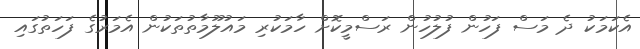
އެކަމަކު ދެ މަސް ފަހުން ފުލުހުން ރަސްމީކޮށް ހާމަކުރި މައުލޫމާތުތަކުން އެމަރުގެ ފަހަތުގައި